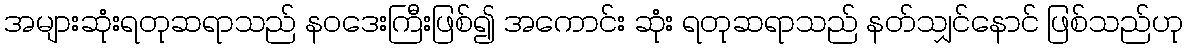
အများဆုံးရတုဆရာသည် နဝဒေးကြီးဖြစ်၍ အကောင်း ဆုံး ရတုဆရာသည် နတ်သျှင်နောင် ဖြစ်သည်ဟု